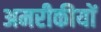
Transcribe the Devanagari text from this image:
अमरीकीयों